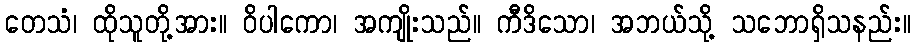
တေသံ၊ ထိုသူတို့အား။ ဝိပါကော၊ အကျိုးသည်။ ကီဒိသော၊ အဘယ်သို့ သဘောရှိသနည်း။